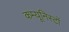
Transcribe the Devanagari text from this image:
कम्यूनिस्टों